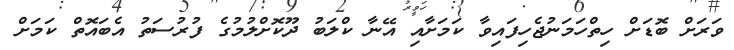
ވަރަށް ބޮޑަށް ހިތްހަމަނުޖެހިފައިވާ ކަމަށާއި އޭނާ ކްލަބު ދޫކޮށްލުމުގެ ފުރުސަތު އެބައޮތް ކަމަށް